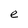
Character: e